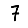
Digit: 7